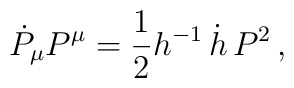
\dot{P}_\mu P^\mu = {\frac{1 }{2}} h^{-1} \, \dot{h} \, P^2\,,